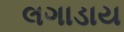
લગાડાય